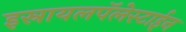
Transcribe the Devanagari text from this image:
इस्रायलपॅलेस्टाईन